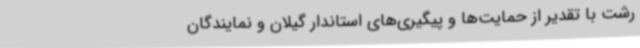
رشت با تقدیر از حمایت‌ها و پیگیری‌های استاندار گیلان و نمایندگان